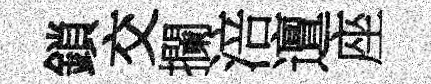
鎖交攔涪邅座